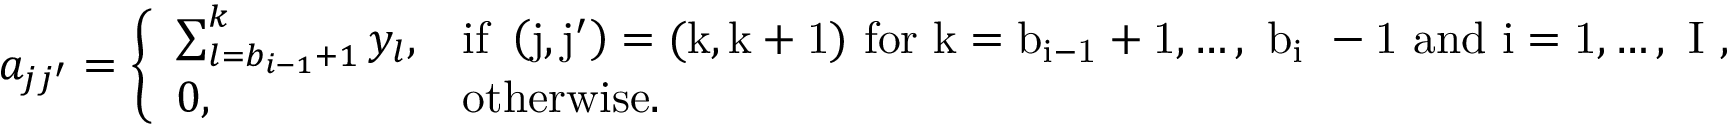
\begin{array} { r } { a _ { j j ^ { \prime } } = \Bigg \{ \begin{array} { l l } { \sum _ { l = b _ { i - 1 } + 1 } ^ { k } y _ { l } , } & { \mathrm { i f ~ \left( j , j ^ { \prime } \right) = ( k , k + 1 ) ~ f o r ~ k = b _ { i - 1 } + 1 , \dots , ~ b _ { i } ~ - 1 ~ a n d ~ i = 1 , \dots , ~ I ~ } , } \\ { 0 , } & { \mathrm { o t h e r w i s e . } } \end{array} } \end{array}